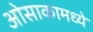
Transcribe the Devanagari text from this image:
ओसाकामध्ये